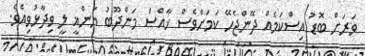
ވަރަށް ބޮޑު އިސްކަމެއް ދޭންޖެހޭ ކަމަށްވެސް ޚާއްސަ މަންދޫބު ޔަންޣީ ލީ ވިދާޅުވިއެވެ.